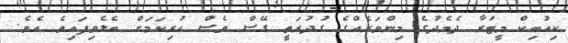
ކިއުބިކް މީޓަރާ ދެމެދުގެ މިންވަރެއްގެ ގުދުރަތީ ގޭސް ވެސް ހުރިކަމަށް ބެލެވިފައިވެ އެވެ.